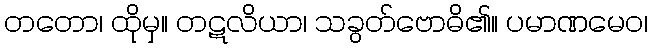
တတော၊ ထိုမှ။ တဋလိယာ၊ သခွတ်ဗောဓိ၏။ ပမာဏမေဝ၊